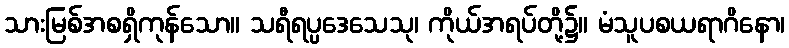
သားမြစ်အစရှိကုန်သော။ သရီရပ္ပဒေသေသု၊ ကိုယ်အရပ်တို့၌။ မံသူပစယရာဂိနော၊